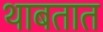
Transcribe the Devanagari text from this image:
थाबतात